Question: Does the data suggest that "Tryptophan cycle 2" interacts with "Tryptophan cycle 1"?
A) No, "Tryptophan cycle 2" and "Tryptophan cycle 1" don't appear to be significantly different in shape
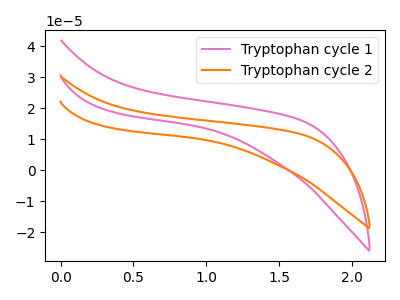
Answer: <think>The pink curve "Tryptophan cycle 1" has no peaks. The orange curve "Tryptophan cycle 2" has no peaks.
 Neither "Tryptophan cycle 2" or "Tryptophan cycle 1" have any peaks.</think>
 <answer>A) No, "Tryptophan cycle 2" and "Tryptophan cycle 1" don't appear to be significantly different in shape</answer>
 <eval>A</eval>